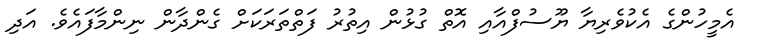
އެމީހުންގެ އެކުވެރިޔާ ޔޫސުފްއާއި އޮތް ގުޅުން އިތުރު ފަތްތަރަކަށް ގެންދާން ނިންމާފައެވެ. އަދި